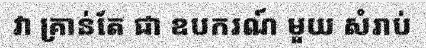
វា គ្រាន់តែ ជា ឧបករណ៍ មួយ សំរាប់